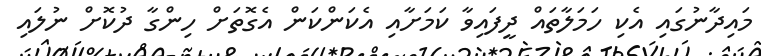
މައިދާނުގައި އެކި ހަމަލާތައް ދީފައިވާ ކަމަށާއި އެކަންކަން އެގޮތަށް ހިންގާ ދުކޮށް ނުލައި